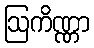
ဩကိဏ္ဏာ